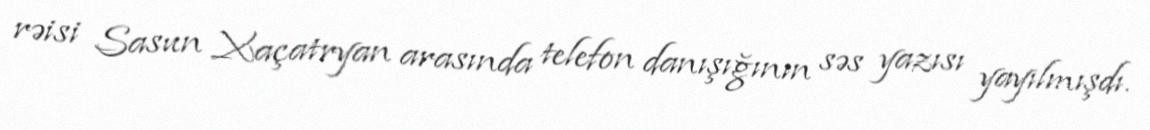
rəisi Sasun Xaçatryan arasında telefon danışığının səs yazısı yayılmışdı.